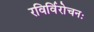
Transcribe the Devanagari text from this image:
रविर्विरोचनः